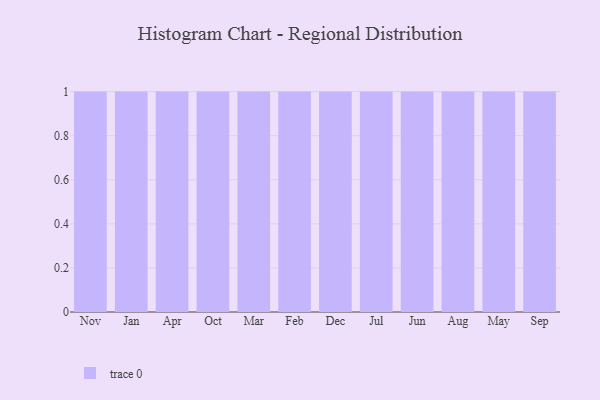
{"axis": {"x": "Month", "y": "Churn Rate (%)"}, "legend": [""], "data": [{"x": "Nov", "y": 69, "type": ""}, {"x": "Jan", "y": 80, "type": ""}, {"x": "Apr", "y": 91, "type": ""}, {"x": "Oct", "y": 62, "type": ""}, {"x": "Mar", "y": 68, "type": ""}, {"x": "Feb", "y": 25, "type": ""}, {"x": "Dec", "y": 38, "type": ""}, {"x": "Jul", "y": 49, "type": ""}, {"x": "Jun", "y": 83, "type": ""}, {"x": "Aug", "y": 21, "type": ""}, {"x": "May", "y": 89, "type": ""}, {"x": "Sep", "y": 42, "type": ""}]}